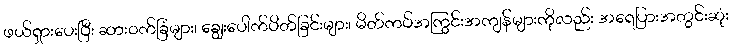
ဖယ်ရှားပေးပြီး ဆားဝက်ခြံများ၊ ချွေးပေါက်ပိတ်ခြင်းများ၊ မိတ်ကပ်အကြွင်းအကျန်များကိုလည်း အရေပြားအတွင်းဆုံး